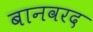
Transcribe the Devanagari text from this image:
बानवरद